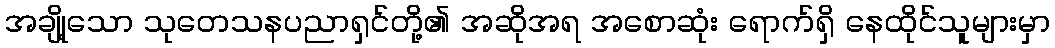
အချို့သော သုတေသနပညာရှင်တို့၏ အဆိုအရ အစောဆုံး ရောက်ရှိ နေထိုင်သူများမှာ